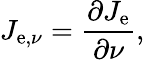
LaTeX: J_{\mathrm{e},\nu}={\frac{\partial J_{\mathrm{e}}}{\partial\nu}},